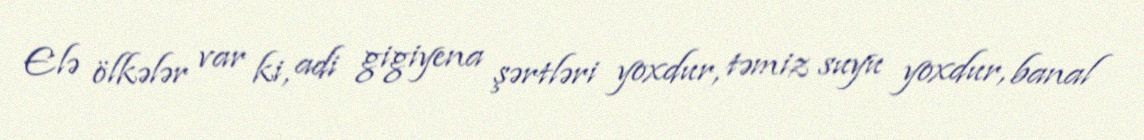
Elə ölkələr var ki, adi gigiyena şərtləri yoxdur, təmiz suyu yoxdur, banal